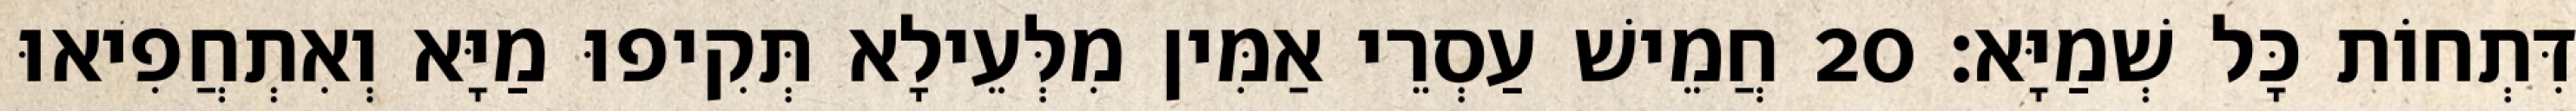
דִּתְחוֹת כָּל שְׁמַיָּא׃ 20 חֲמֵישׁ עַסְרֵי אַמִּין מִלְּעֵילָא תְּקִיפוּ מַיָּא וְאִתְחֲפִיאוּ